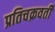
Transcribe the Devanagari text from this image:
प्रतिचक्रवर्ती